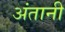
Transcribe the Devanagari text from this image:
अंतानी